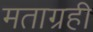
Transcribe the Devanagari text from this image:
मताग्रही